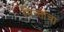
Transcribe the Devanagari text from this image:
मिन्तांचा